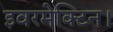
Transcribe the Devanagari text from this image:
इवरमेक्टिन।